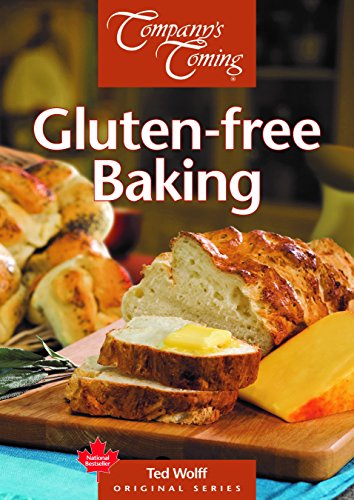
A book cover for Gluten-free Baking (Original Series); Ted Wolff; Cookbooks, Food & Wine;